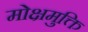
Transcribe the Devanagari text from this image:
मोक्षमुक्ति